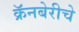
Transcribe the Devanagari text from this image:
क्रॅनबेरीचे